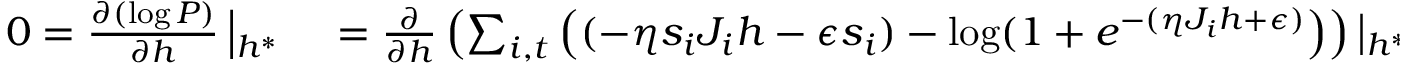
\begin{array} { r l } { 0 = \frac { \partial ( \log P ) } { \partial h } \left| _ { h ^ { * } } \right. } & { { } = \frac { \partial } { \partial h } \left( \sum _ { i , t } \left( ( - \eta s _ { i } J _ { i } h - \epsilon s _ { i } ) - \log ( 1 + e ^ { - ( \eta J _ { i } h + \epsilon ) } \right) \right) \left| _ { h ^ { * } } \right. } \end{array}